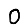
Digit: 0